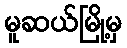
မူဆယ်မြို့မှ